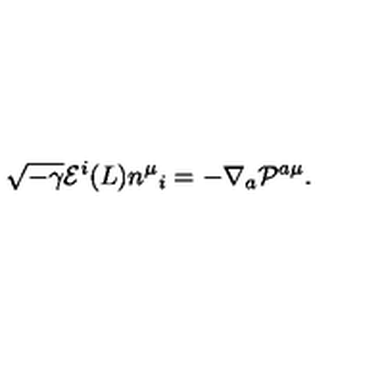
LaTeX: \sqrt { - \gamma } { \cal E } ^ { i } ( L ) n ^ { \mu } { } _ { i } = - \nabla _ { a } { \cal P } ^ { a \mu } .